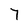
Character: 7